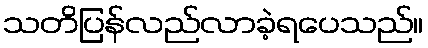
သတိပြန်လည်လာခဲ့ရပေသည်။